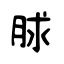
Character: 脙